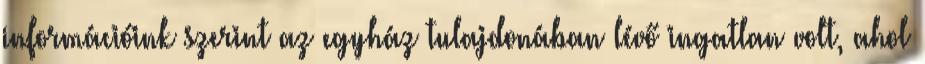
információink szerint az egyház tulajdonában lévő ingatlan volt, ahol